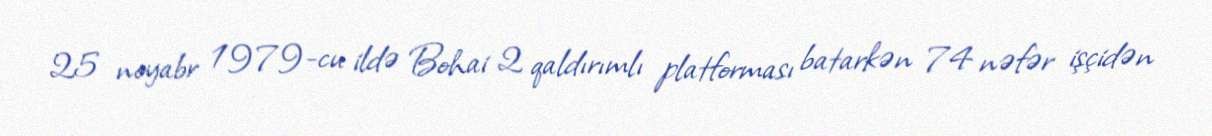
25 noyabr 1979-cu ildə Bohai 2 qaldırımlı platforması batarkən 74 nəfər işçidən